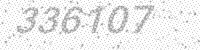
Solution: 336107